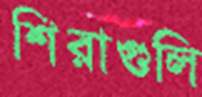
শিরাগুলি